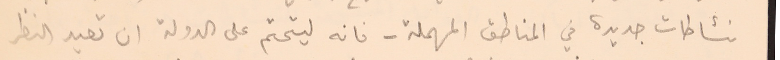
نشاطات جديدة في المناطق المهملة - فانه ليتحتم على الدولة ان تعيد النظر